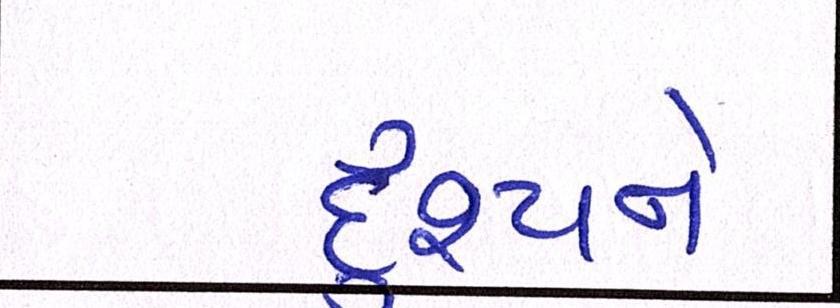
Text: દૃશ્યને